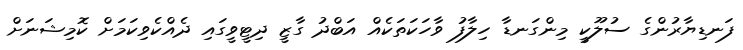
ފަނޑިޔާރުންގެ ސުލޫކީ މިންގަނޑާ ހިލާފު ވާހަކަތަކެއް އަބްދު ގާޒީ ދިޓީވީގައި ދެއްކެވިކަމަށް ކޮމިޝަނަށް